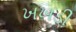
ખખડી